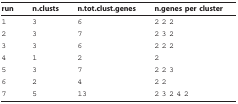
| run | n.clusts | n.tot.clust.genes | n.genes per cluster |
 | --- | --- | --- | --- |
 | 1 | 3 | 6 | 2 2 2 |
 | 2 | 3 | 7 | 2 3 2 |
 | 3 | 3 | 6 | 2 2 2 |
 | 4 | 1 | 2 | 2 |
 | 5 | 3 | 7 | 2 2 3 |
 | 6 | 2 | 4 | 2 2 |
 | 7 | 5 | 13 | 2 3 2 4 2 |